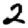
Digit: 2